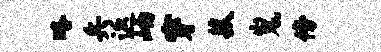
略兵返岫穿菰嵬傍